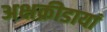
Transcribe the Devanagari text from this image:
अक्षक्रीडायां